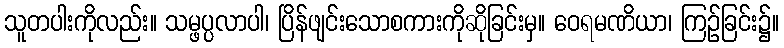
သူတပါးကိုလည်း။ သမ္ဖပ္ပလာပါ၊ ပြိန်ဖျင်းသောစကားကိုဆိုခြင်းမှ။ ဝေရမဏိယာ၊ ကြဉ်ခြင်း၌။